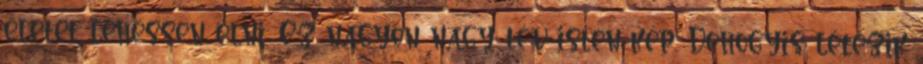
életet lehessen élni. Ez nagyon nagy tév-isten-kép. Dehogyis létezik